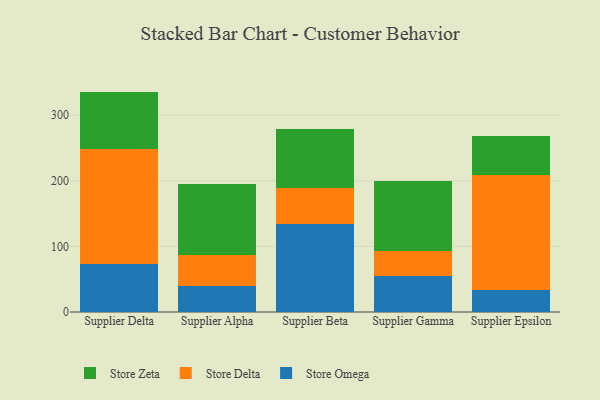
{"axis": {"x": "Supplier", "y": "Waste Production (Tons)"}, "legend": ["Store Delta", "Store Omega", "Store Zeta"], "data": [{"x": "Supplier Delta", "y": 72.5, "type": "Store Omega"}, {"x": "Supplier Delta", "y": 176.6, "type": "Store Delta"}, {"x": "Supplier Delta", "y": 86.8, "type": "Store Zeta"}, {"x": "Supplier Alpha", "y": 38.9, "type": "Store Omega"}, {"x": "Supplier Alpha", "y": 47.9, "type": "Store Delta"}, {"x": "Supplier Alpha", "y": 107.7, "type": "Store Zeta"}, {"x": "Supplier Beta", "y": 133.6, "type": "Store Omega"}, {"x": "Supplier Beta", "y": 54.7, "type": "Store Delta"}, {"x": "Supplier Beta", "y": 91.2, "type": "Store Zeta"}, {"x": "Supplier Gamma", "y": 54.6, "type": "Store Omega"}, {"x": "Supplier Gamma", "y": 38.0, "type": "Store Delta"}, {"x": "Supplier Gamma", "y": 107.6, "type": "Store Zeta"}, {"x": "Supplier Epsilon", "y": 34.1, "type": "Store Omega"}, {"x": "Supplier Epsilon", "y": 174.7, "type": "Store Delta"}, {"x": "Supplier Epsilon", "y": 59.8, "type": "Store Zeta"}]}